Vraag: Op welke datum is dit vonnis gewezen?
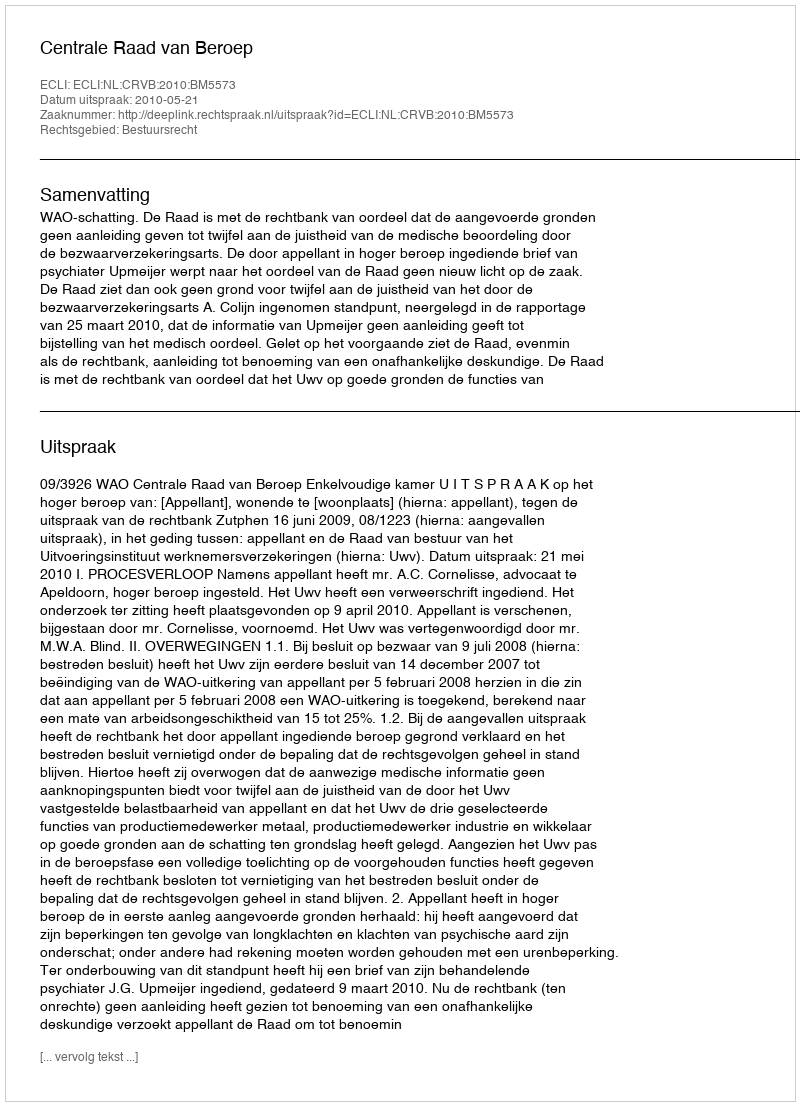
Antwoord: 2010-05-21